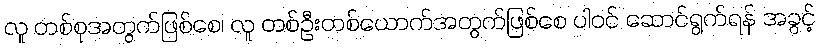
လူ တစ်စုအတွက်ဖြစ်စေ၊ လူ တစ်ဦးတစ်ယောက်အတွက်ဖြစ်စေ ပါဝင် ဆောင်ရွက်ရန် အခွင့်